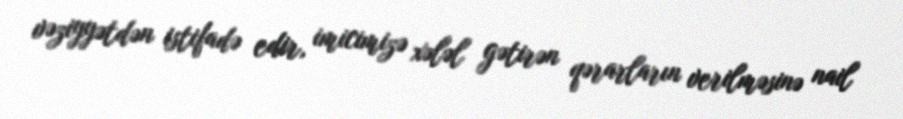
vəziyyətdən istifadə edir, imicimizə xələl gətirən qərarların verilməsinə nail